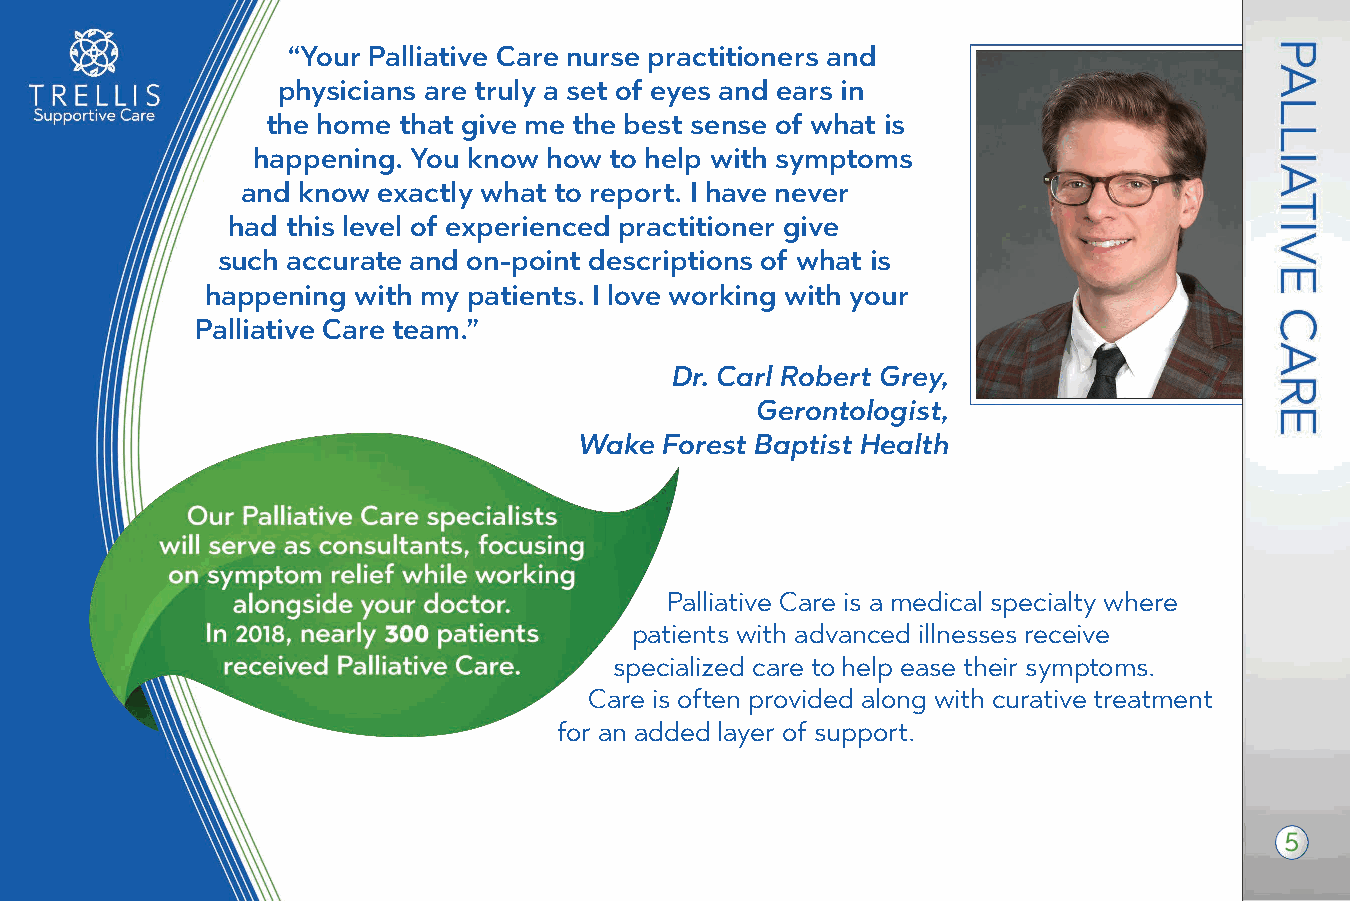
“Your Palliative Care nurse practitioners and
 physicians are truly a set of eyes and ears in
 the home that give me the best sense of what is
 happening. You know how to help with symptoms
 and know exactly what to report. I have never
 had this level of experienced p ractitioner give
 such accurate and on-point descriptions of what is
 happening with my patients. I love working with your
 Palliative Care team.”
 Dr. Carl Robert Grey,
 Gerontologist,
 Wake  Forest Baptist Health
 Palliative Care is a medical specialty where
 patients with advanced illnesses receive
 specialized care to help ease their symptoms.
 Care is often provided along with curative treatment
 for an added layer of support.